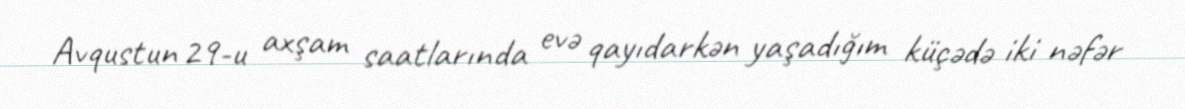
Avqustun 29-u axşam saatlarında evə qayıdarkən yaşadığım küçədə iki nəfər